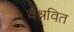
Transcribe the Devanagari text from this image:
वैश्नवित